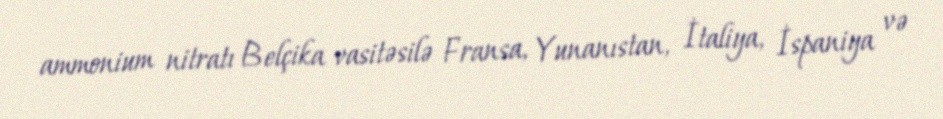
ammonium nitratı Belçika vasitəsilə Fransa, Yunanıstan, İtaliya, İspaniya və